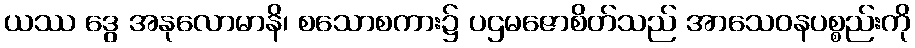
ယဿ ဒွေ အနုလောမာနိ၊ စသောစကား၌ ပဌမဇောစိတ်သည် အာသေဝနပစ္စည်းကို